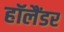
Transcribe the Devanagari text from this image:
हॉलैंडर